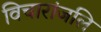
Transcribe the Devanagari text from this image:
विचारांजलि